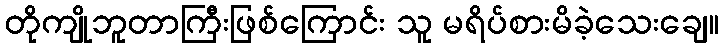
တိုကျိုဘူတာကြီးဖြစ်ကြောင်း သူ မရိပ်စားမိခဲ့သေးချေ။